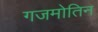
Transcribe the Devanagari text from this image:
गजमोतिन